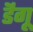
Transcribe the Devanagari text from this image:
डॆंगू